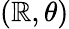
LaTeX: (\mathbb{R},\theta)